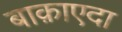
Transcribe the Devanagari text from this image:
बाक़ाएदा